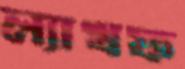
ল্যাখফ